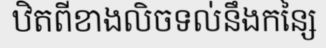
ឋិតពីខាងលិចទល់នឹងកន្សៃ